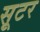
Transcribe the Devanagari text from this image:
सूटर